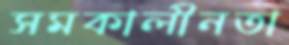
সমকালীনতা